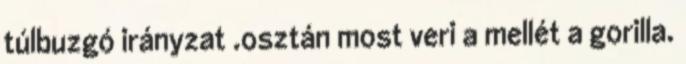
túlbuzgó irányzat .osztán most veri a mellét a gorilla.